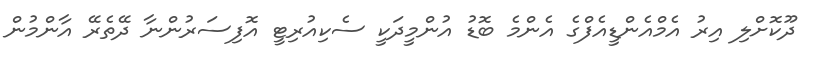
ދޫކޮށްލި އިރު އެމްއެންޑީއެފްގެ އެންމެ ބޮޑު އުންމީދަކީ ސެކިއުރިޓީ އޮފިސަރުންނާ ދޭތެރޭ އާންމުން